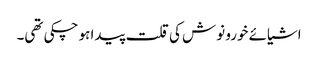
اشیائے خورو نوش کی قلت پیدا ہو چکی تھی۔